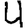
Digit: 4